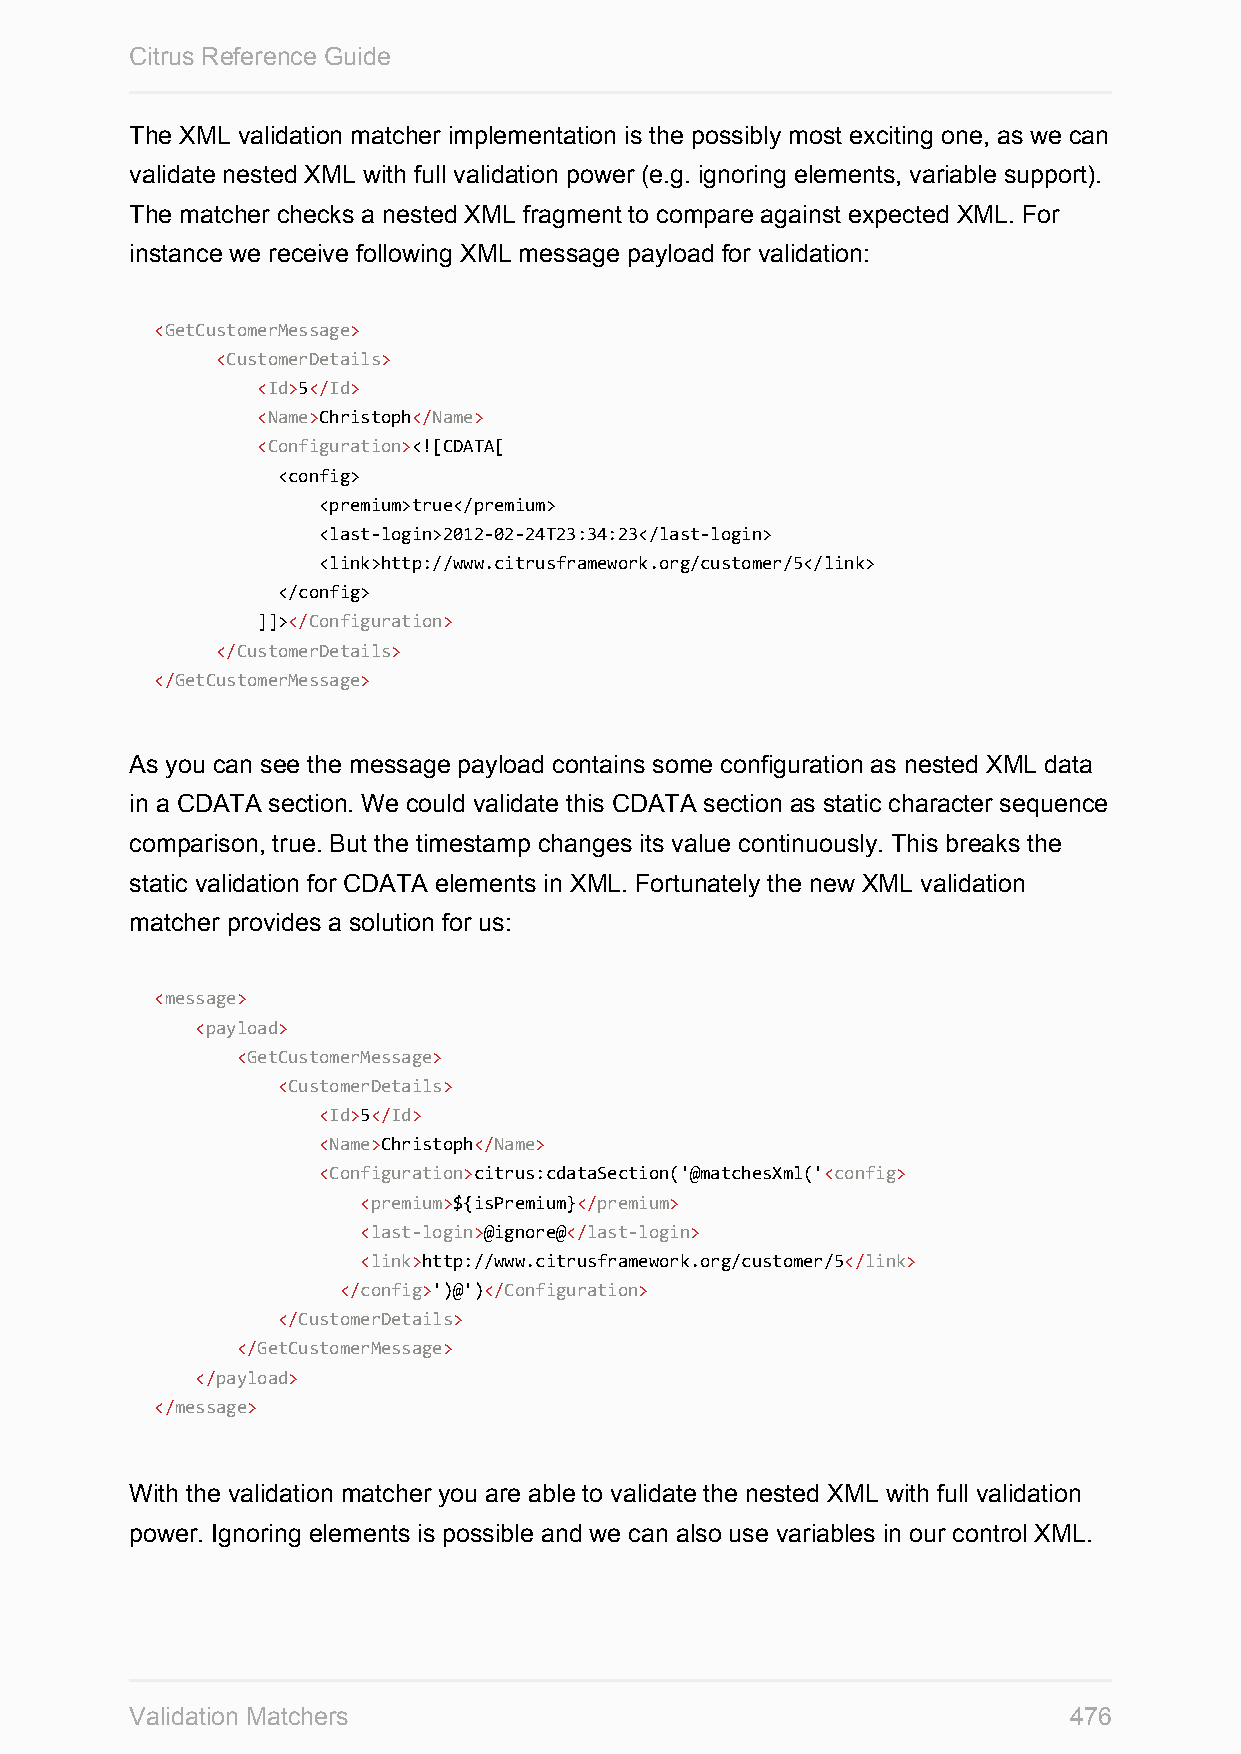
Citrus Reference Guide
 The XML validation matcher implementation is the possibly most exciting one, as we can
 validate nested XML with full validation power (e.g. ignoring elements, variable support).
 The matcher checks a nested XML fragment to compare against expected XML. For
 instance we receive following XML message payload for validation:
 <GetCustomerMessage>
 <CustomerDetails>
 <Id>5</Id>
 <Name>Christoph</Name>
 <Configuration><![CDATA[
 <config>
 <premium>true</premium>
 <last-login>2012-02-24T23:34:23</last-login>
 <link>http://www.citrusframework.org/customer/5</link>
 </config>
 ]]></Configuration>
 </CustomerDetails>
 </GetCustomerMessage>
 As you can see the message payload contains some configuration as nested XML data
 in a CDATA section. We could validate this CDATA section as static character sequence
 comparison, true. But the timestamp changes its value continuously. This breaks the
 static validation for CDATA elements in XML. Fortunately the new XML validation
 matcher provides a solution for us:
 <message>
 <payload>
 <GetCustomerMessage>
 <CustomerDetails>
 <Id>5</Id>
 <Name>Christoph</Name>
 <Configuration>citrus:cdataSection('@matchesXml('<config>
 <premium>${isPremium}</premium>
 <last-login>@ignore@</last-login>
 <link>http://www.citrusframework.org/customer/5</link>
 </config>')@')</Configuration>
 </CustomerDetails>
 </GetCustomerMessage>
 </payload>
 </message>
 With the validation matcher you are able to validate the nested XML with full validation
 power. Ignoring elements is possible and we can also use variables in our control XML.
 Validation Matchers                                           476